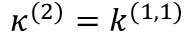
\kappa ^ { ( 2 ) } = k ^ { ( 1 , 1 ) }